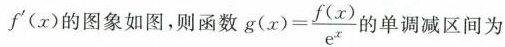
f^{\prime}(x)的图象如图，则函数 $$g(x)= \frac{f(x)}{e^{x}}$$ 的单调减区间为